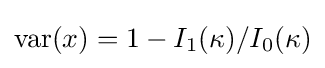
{\textrm {var}}(x)=1-I_{1}(\kappa )/I_{0}(\kappa )